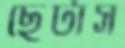
ছেটাস